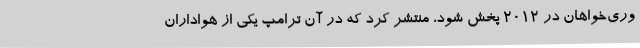
وری‌خواهان در 2012 پخش شود، منتشر کرد که در آن ترامپ یکی از هواداران